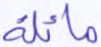
مائلة